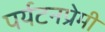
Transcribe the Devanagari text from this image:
पर्यटनप्रेमी